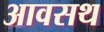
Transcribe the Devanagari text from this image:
आवसथ